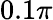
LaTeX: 0.1\pi